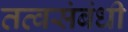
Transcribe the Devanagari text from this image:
तत्वसंबंधी